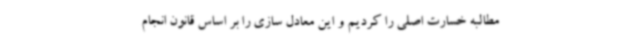
مطالبه خسارت اصلی را کردیم و این معادل سازی را بر اساس قانون انجام